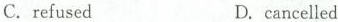
C.refusedD. cancelled